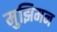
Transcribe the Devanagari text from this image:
मुझिमन